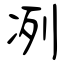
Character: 冽